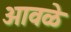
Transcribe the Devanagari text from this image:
ओवळे